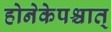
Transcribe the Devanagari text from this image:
होनेकेपश्चात्